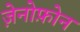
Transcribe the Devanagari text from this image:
ज़ेनोफ़ोन